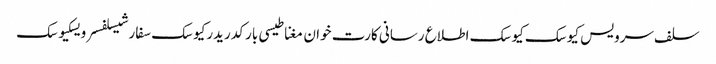
سلف سرویس کیوسک کیوسک اطلاع رسانی کارت خوان مغناطیسی بارکد ریدرکیوسک سفارشیسلفسرویسکیوسک